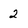
Character: 2